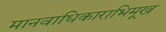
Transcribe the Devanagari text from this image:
मानवाधिकाराभिमूख